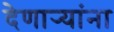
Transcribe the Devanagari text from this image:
देणार्‍यांना